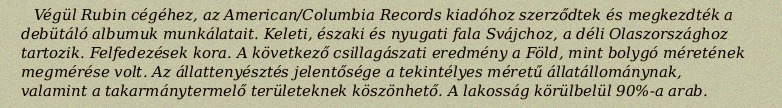
Végül Rubin cégéhez, az American/Columbia Records kiadóhoz szerződtek és megkezdték a debütáló albumuk munkálatait. Keleti, északi és nyugati fala Svájchoz, a déli Olaszországhoz tartozik. Felfedezések kora. A következő csillagászati eredmény a Föld, mint bolygó méretének megmérése volt. Az állattenyésztés jelentősége a tekintélyes méretű állatállománynak, valamint a takarmánytermelő területeknek köszönhető. A lakosság körülbelül 90%-a arab.